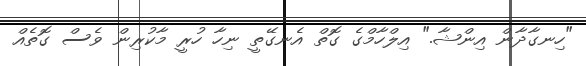
"ހިނގާދާން އިންޝާ." އިލްހާމްގެ ގޮތް އެނގޭތީ ނިހާ ހުރީ މާކުރިން ވެސް ގޮތެއް